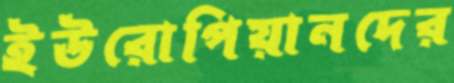
ইউরোপিয়ানদের